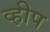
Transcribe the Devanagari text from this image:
व्हीप